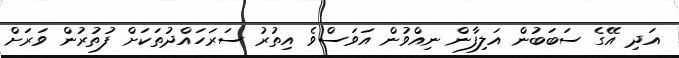
އަދި އޭގެ ސަބަބުން އަލިފާން ނިއްވުން އަވަސްވެ އިތުރު ސަރަހައްދުތަކަށް ފުތުރުން ވަރަށް